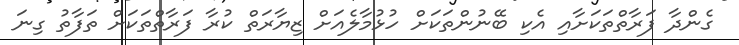
ގެންދާ ފަރާތްތަކަށާއި އެކި ބޭނުންތަކަށް ހުޅުމާލެއަށް ޒިޔާރަތް ކުރާ ފަރާތްތަކަށް ތަފާތު ގިނަ